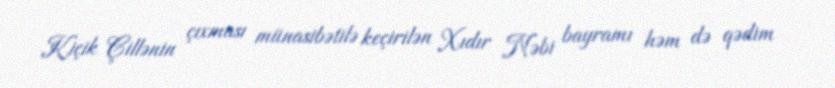
Kiçik Çillənin çıxması münasibətilə keçirilən Xıdır Nəbi bayramı həm də qədim